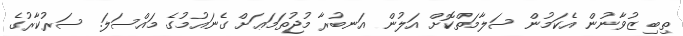
ތިބި ޒުވާނުން އެކަމުން ސަލާމަތްކޮށް އަލުން އަނބުރާ މުޖުތަމަޢަށް ގެނައުމުގެ މައްސަލަ. ސަރުކާރުގެ